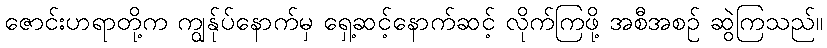
ဇောင်းဟရာတို့က ကျွန်ုပ်နောက်မှ ရှေ့ဆင့်နောက်ဆင့် လိုက်ကြဖို့ အစီအစဉ် ဆွဲကြသည်။